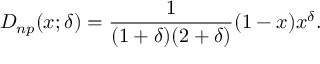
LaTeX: D _ { n p } ( x ; \delta ) = { \frac { 1 } { ( 1 + \delta ) ( 2 + \delta ) } } ( 1 - x ) x ^ { \delta } .